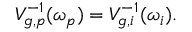
V _ { g , p } ^ { - 1 } ( \omega _ { p } ) = V _ { g , i } ^ { - 1 } ( \omega _ { i } ) .